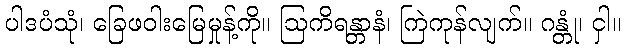
ပါဒပံသုံ၊ ခြေဖဝါးမြေမှုန့်ကို။ ဩကိရန္တာနံ၊ ကြဲကုန်လျက်။ ဂန္တုံ၊ ငှါ။